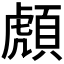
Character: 𲊰